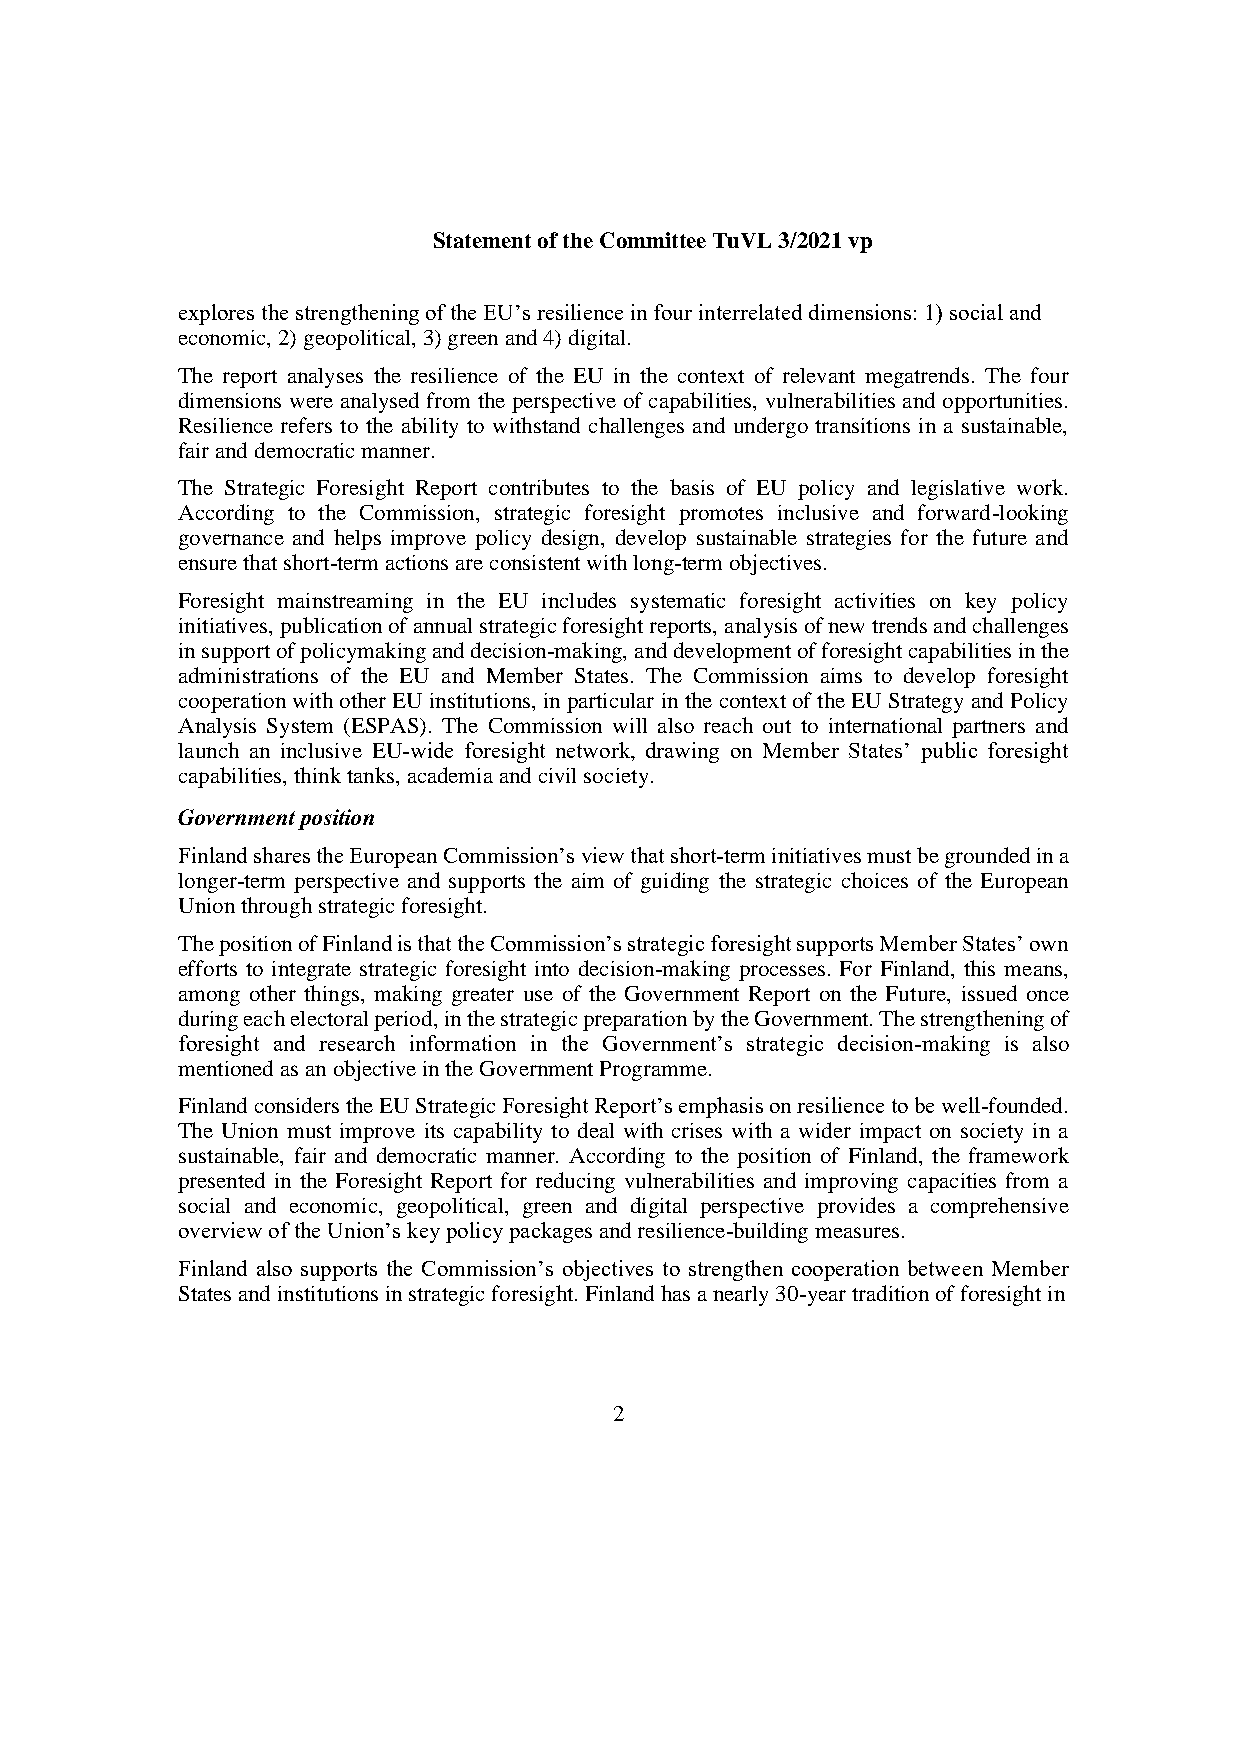
Statement of the Committee TuVL 3/2021 vp
 explores the strengthening of the EU’s resilience in four interrelated dimensions: 1) social and
 economic, 2) geopolitical, 3) green and 4) digital.
 The report analyses the resilience of the EU in the context of relevant megatrends. The four
 dimensions were analysed from the perspective of capabilities, vulnerabilities and opportunities.
 Resilience refers to the ability to withstand challenges and undergo transitions in a sustainable,
 fair and democratic manner.
 The Strategic Foresight Report contributes to the basis of EU policy and legislative work.
 According to the Commission, strategic foresight promotes inclusive and forward-looking
 governance and helps improve policy design, develop sustainable strategies for the future and
 ensure that short-term actions are consistent with long-term objectives.
 Foresight mainstreaming in the EU includes systematic foresight activities on key policy
 initiatives, publication of annual strategic foresight reports, analysis of new trends and challenges
 in support of policymaking and decision-making, and development of foresight capabilities in the
 administrations of the EU and Member States. The Commission aims to develop foresight
 cooperation with other EU institutions, in particular in the context of the EU Strategy and Policy
 Analysis System (ESPAS). The Commission will also reach out to international partners and
 launch an inclusive EU-wide foresight network, drawing on Member States’ public foresight
 capabilities, think tanks, academia and civil society.
 Government position
 Finland shares the European Commission’s view that short-term initiatives must be grounded in a
 longer-term perspective and supports the aim of guiding the strategic choices of the European
 Union through strategic foresight.
 The position of Finland is that the Commission’s strategic foresight supports Member States’ own
 efforts to integrate strategic foresight into decision-making processes. For Finland, this means,
 among other things, making greater use of the Government Report on the Future, issued once
 during each electoral period, in the strategic preparation by the Government. The strengthening of
 foresight and research information in the Government’s strategic decision-making is also
 mentioned as an objective in the Government Programme.
 Finland considers the EU Strategic Foresight Report’s emphasis on resilience to be well-founded.
 The Union must improve its capability to deal with crises with a wider impact on society in a
 sustainable, fair and democratic manner. According to the position of Finland, the framework
 presented in the Foresight Report for reducing vulnerabilities and improving capacities from a
 social and economic, geopolitical, green and digital perspective provides a comprehensive
 overview of the Union’s key policy packages and resilience-building measures.
 Finland also supports the Commission’s objectives to strengthen cooperation between Member
 States and institutions in strategic foresight. Finland has a nearly 30-year tradition of foresight in
 2